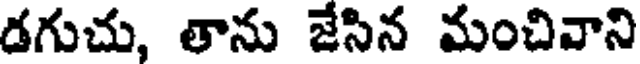
డగుచు, తాను జేసిన మంచివాని